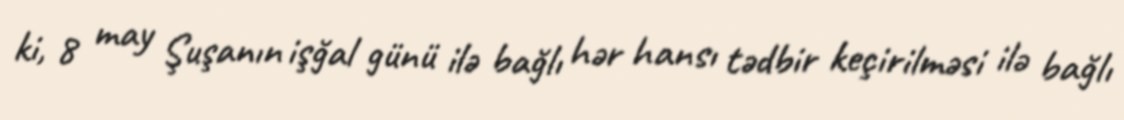
ki, 8 may Şuşanın işğal günü ilə bağlı hər hansı tədbir keçirilməsi ilə bağlı